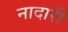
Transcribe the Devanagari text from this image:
नादारी